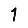
Digit: 1